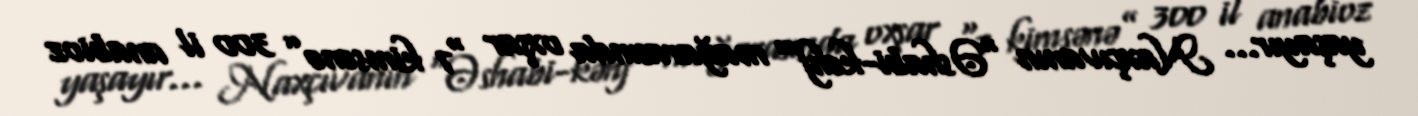
yaşayır... Naxçıvanın “Əshabi-kəhf” mağarasında oxşar “7 kimsənə” 300 il anabioz